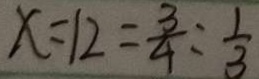
x = 1 2 = \frac { 3 } { 4 } = \frac { 1 } { 3 }